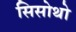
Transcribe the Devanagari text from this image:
सिसोथो